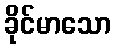
ခိုင်မာသော